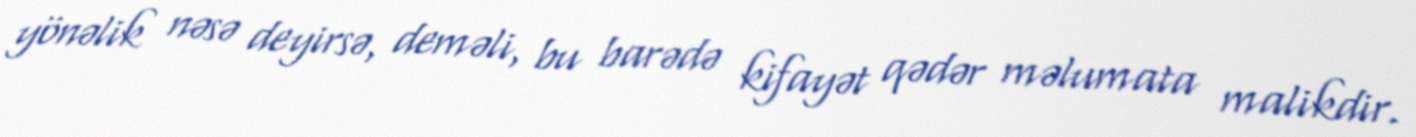
yönəlik nəsə deyirsə, deməli, bu barədə kifayət qədər məlumata malikdir.